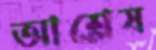
আশ্লেষ